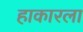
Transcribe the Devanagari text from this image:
हाकारला